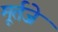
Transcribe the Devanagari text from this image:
मूर्तजे